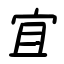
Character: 宜